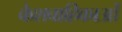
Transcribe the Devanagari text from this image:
केशवाहिकाओं